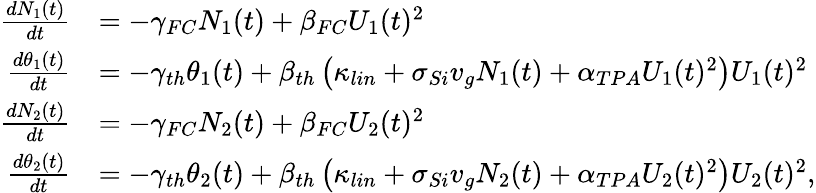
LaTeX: \begin{array}{rl}{\frac{dN_{1}(t)}{dt}}&{=-\gamma_{FC}N_{1}(t)+\beta_{FC}U_{1}(t)^{2}}\\ {\frac{d\theta_{1}(t)}{dt}}&{=-\gamma_{th}\theta_{1}(t)+\beta_{th}\left(\kappa_{lin}+\sigma_{Si}v_{g}N_{1}(t)+\alpha_{TPA}U_{1}(t)^{2}\right)U_{1}(t)^{2}}\\ {\frac{dN_{2}(t)}{dt}}&{=-\gamma_{FC}N_{2}(t)+\beta_{FC}U_{2}(t)^{2}}\\ {\frac{d\theta_{2}(t)}{dt}}&{=-\gamma_{th}\theta_{2}(t)+\beta_{th}\left(\kappa_{lin}+\sigma_{Si}v_{g}N_{2}(t)+\alpha_{TPA}U_{2}(t)^{2}\right)U_{2}(t)^{2},}\end{array}